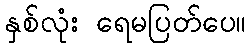
နှစ်လုံး ရေမပြတ်ပေ။